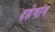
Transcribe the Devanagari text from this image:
दहेगांव